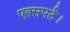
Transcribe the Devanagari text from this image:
एक्सपर्ट।